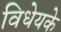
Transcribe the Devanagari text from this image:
विधेयके